system: You are a helpful assistant.
user:
Analyze the provided spectrum to determine if it is a **M-type Giant (gM)**.

A M-type Giant spectrum is defined by its **strong molecular absorption** features, particularly from **Titanium Oxide (TiO)**. You must check for one of the following mutually exclusive signatures:

- **Key Visual Indicators (Absorption-Dominated Spectrum):**

    - **(Primary):** The spectrum is dominated by strong molecular absorption from **Titanium Oxide (TiO)**. This is the **defining feature** of its M-type temperature class.
        - **(Key Bandheads):** Look for sharp, "saw-tooth" absorption valleys. The strongest are located near **~7050 Å**, **~6160 Å**, and **~5170 Å**.
        - **(Line Profile):** The "saw-tooth" morphology is critical: a **sharp, steep drop on the BLUE (short-wavelength) side** of the bandhead, followed by a gradual recovery (rising flux) towards the RED (long-wavelength) side.

    - **(Key Confirmation - Giant vs. Dwarf):** **ABSENCE** of strong **Calcium Hydride (CaH)** molecular bands. This is the primary diagnostic for *excluding* M-dwarfs.
        - **(Key Region):** The spectrum should lack the strong, broad absorption band seen in dwarfs between **~6800 Å and ~7000 Å**.

    - **(Secondary Confirmation - Giant):** A very strong and broad **Neutral Calcium (Ca I)** atomic absorption line.
        - **(Key Line):** Located at **~4226 Å**. In a giant (gM), this line is significantly deeper and broader than the same line in an M-dwarf (dM) due to low surface gravity.

    - **(Overall Spectrum):**
        - The continuum is **extremely red-sloping** (i.e., flux is very low in the blue and rises dramatically towards the red).
        - The entire spectrum appears "chopped up" by the deep TiO bands.

Think first, call **spectral_visualization_tool** if needed to examine features in detail, then provide your final answer. Your response must adhere to the following strict rules:
1.  **Overall Structure:** Your response must follow the format `<think>...</think> <tool_call>...</tool_call> (if a tool is used) <answer>...</answer>`.
2.  **Tool Usage Constraint:** You may only make **one** tool call per turn.
3.  **Final Answer Format:** In the `<answer>` tag, your conclusion must be inside a `\boxed{}` command (e.g., `\boxed{YES}` or `\boxed{NO}`), followed by your justification.

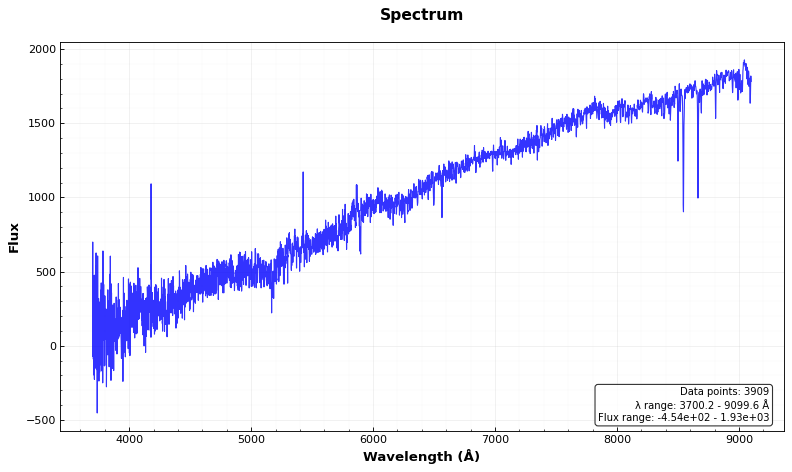
Answer: NO